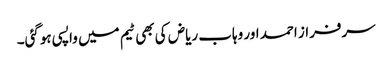
سرفراز احمد اور وہاب ریاض کی بھی ٹیم میں واپسی ہوگئی۔